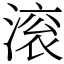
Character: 滚